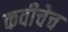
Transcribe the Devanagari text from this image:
कवीचेच